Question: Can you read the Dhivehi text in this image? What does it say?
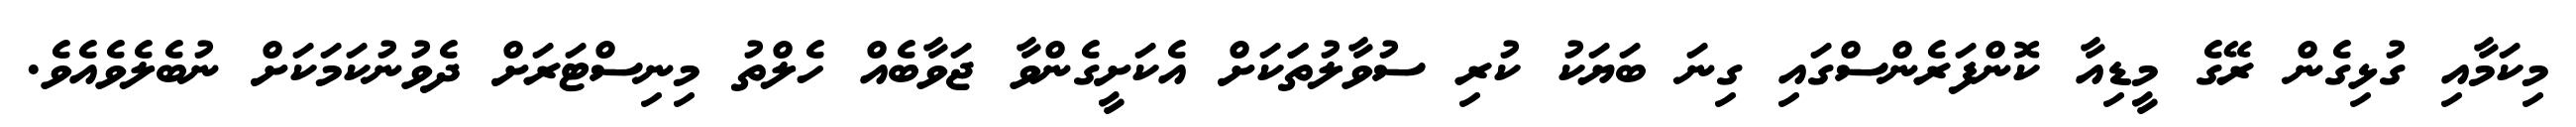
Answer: މިކަމާއި ގުޅިގެން ރޭގެ މީޑިއާ ކޮންފަރެންސްގައި ގިނަ ބަޔަކު ކުރި ސުވާލުތަަކަށް އެކަށީގެންވާ ޖަވާބެއް ހެލްތު މިނިސްޓަރަށް ދެވުނުކަމަކަށް ނުބެލެވެއެވެ.